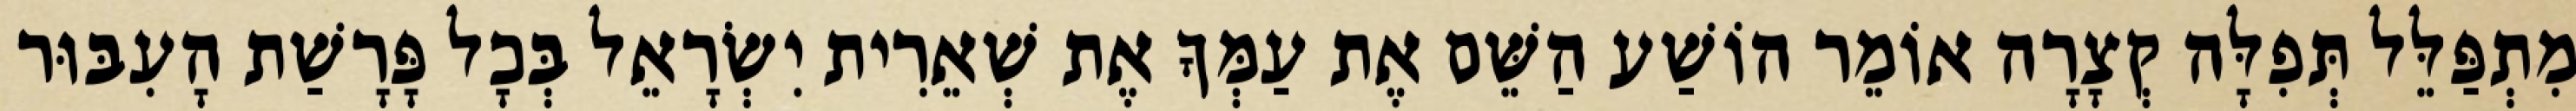
מִתְפַּלֵּל תְּפִלָּה קְצָרָה אוֹמֵר הוֹשַׁע הַשֵּׁם אֶת עַמְּךָ אֶת שְׁאֵרִית יִשְׂרָאֵל בְּכָל פָּרָשַׁת הָעִבּוּר